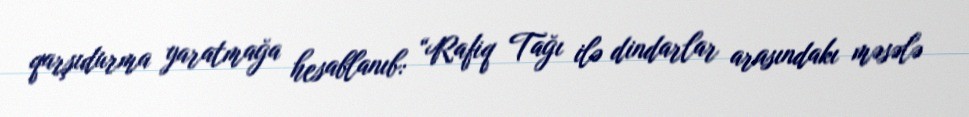
qarşıdurma yaratmağa hesablanıb: “Rafiq Tağı ilə dindarlar arasındakı məsələ